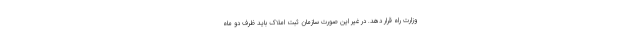
وزارت راه قرار دهد. در غیر این صورت سازمان ثبت املاک باید ظرف دو ماه